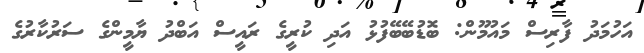
އަހުމަދު ފާރިސް މައުމޫން: ބޮޑުބޭބޭފުޅު އަދި ކުރީގެ ރައީސް އަބްދު ޔާމީންގެ ސަރުކާރުގެ